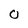
Character: 0